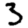
Digit: 3